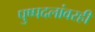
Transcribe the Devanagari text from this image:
पुष्पदलांवरही